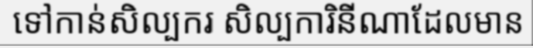
ទៅកាន់សិល្បករ សិល្បការិនីណាដែលមាន